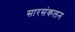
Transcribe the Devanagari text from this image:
सारसंकलन